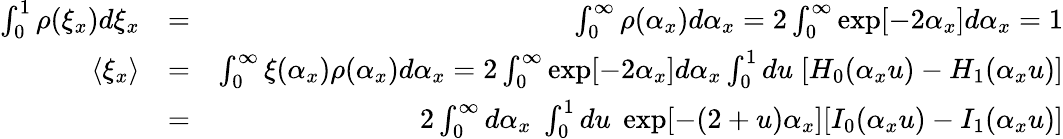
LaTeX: \begin{array}{rlr}{\int_{0}^{1}\rho(\xi_{x})d\xi_{x}}&{=}&{\int_{0}^{\infty}\rho(\alpha_{x})d\alpha_{x}=2\int_{0}^{\infty}\exp[-2\alpha_{x}]d\alpha_{x}=1}\\ {\langle\xi_{x}\rangle}&{=}&{\int_{0}^{\infty}\xi(\alpha_{x})\rho(\alpha_{x})d\alpha_{x}=2\int_{0}^{\infty}\exp[-2\alpha_{x}]d\alpha_{x}\int_{0}^{1}du\; [H_{0}(\alpha_{x}u)-H_{1}(\alpha_{x}u)]}\\ &{=}&{2\int_{0}^{\infty}d\alpha_{x}\; \int_{0}^{1}du\; \exp[-(2+u)\alpha_{x}][I_{0}(\alpha_{x}u)-I_{1}(\alpha_{x}u)]}\end{array}